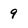
Character: 9